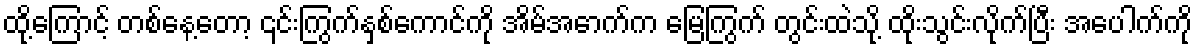
ထို့ကြောင့် တစ်နေ့တော့ ၎င်းကြွက်နှစ်ကောင်ကို အိမ်အောက်က မြေကြွက် တွင်းထဲသို့ ထိုးသွင်းလိုက်ပြီး အပေါက်ကို